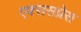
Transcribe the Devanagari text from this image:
एक्ससप्रेस